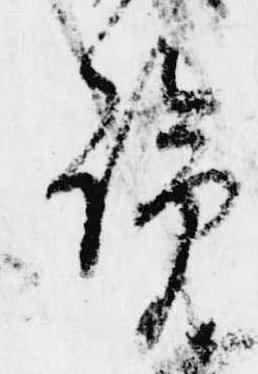
覧